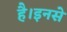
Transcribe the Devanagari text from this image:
है।इनसे